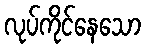
လုပ်ကိုင်နေသော